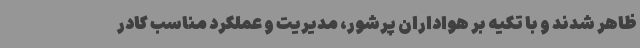
ظاهر شدند و با تکیه بر هواداران پرشور، مدیریت و عملکرد مناسب کادر